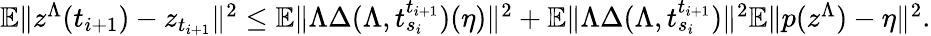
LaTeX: \begin{array}{r}{\mathbb{E}\| z^{\Lambda}(t_{i+1})-z_{t_{i+1}}\| ^{2}\leq\mathbb{E}\| \Lambda\Delta(\Lambda,t_{s_{i}}^{t_{i+1}})(\eta)\| ^{2}+\mathbb{E}\| \Lambda\Delta(\Lambda,t_{s_{i}}^{t_{i+1}})\| ^{2}\mathbb{E}\| p(z^{\Lambda})-\eta\| ^{2}.}\end{array}